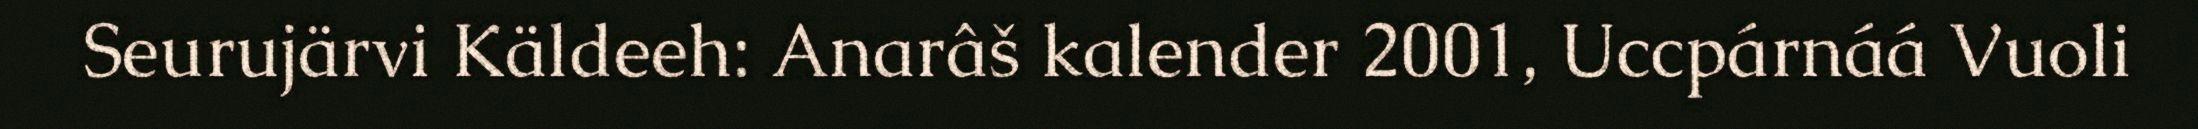
Seurujärvi Käldeeh: Anarâš kalender 2001, Uccpárnáá Vuoli